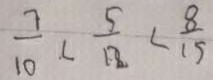
\frac { 7 } { 1 0 } < \frac { 5 } { 1 2 } < \frac { 8 } { 1 5 }